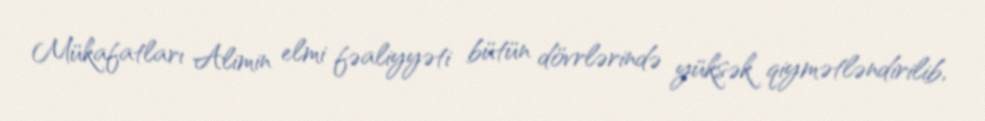
Mükafatları Alimin elmi fəaliyyəti bütün dövrlərində yüksək qiymətləndirilib,